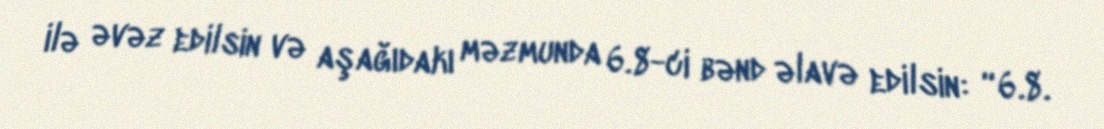
ilə əvəz edilsin və aşağıdakı məzmunda 6.8-ci bənd əlavə edilsin: “6.8.